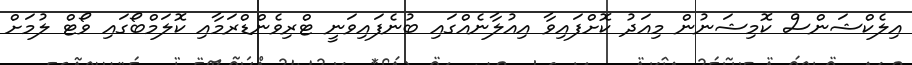
އިލެކްޝަންސް ކޮމިޝަނުން މިއަދު ކޮށްފައިވާ އިއުލާނެއްގައި ބުނެފައިވަނީ ޓްރިވެންޑްރަމާއި ކޮލަމްބޯގައި ވޯޓް ލުމަށް